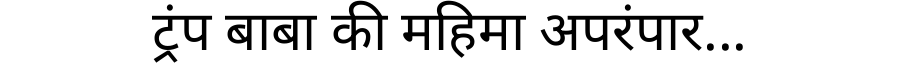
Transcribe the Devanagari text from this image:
ट्रंप बाबा की महिमा अपरंपार...